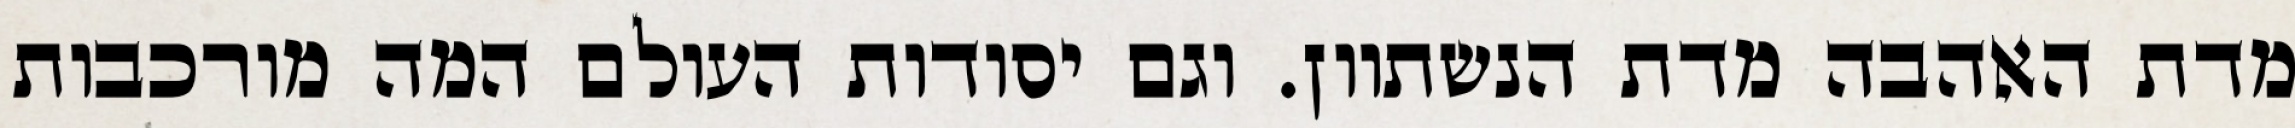
מדת האהבה מדת הנשתוון. וגם יסודות העולם המה מורכבות